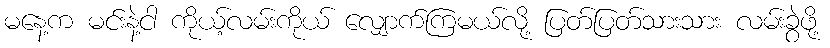
မနေ့က မင်းနဲ့ငါ ကိုယ့်လမ်းကိုယ် လျှောက်ကြမယ်လို့ ပြတ်ပြတ်သားသား လမ်းခွဲဖို့